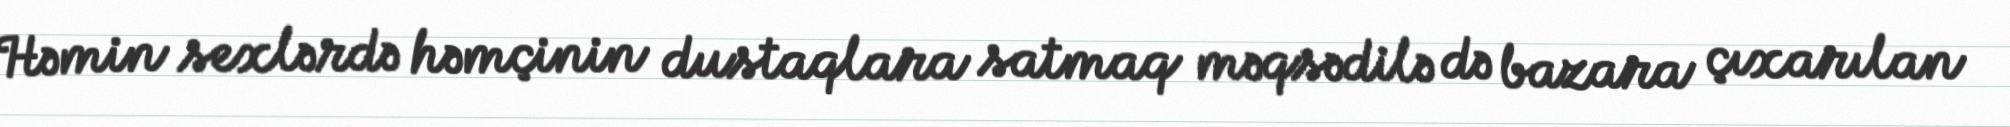
Həmin sexlərdə həmçinin dustaqlara satmaq məqsədilə də bazara çıxarılan